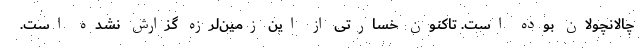
چالانچولان بوده است. تاکنون خسارتی از این زمین‌لرزه گزارش نشده است.